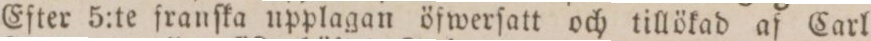
Efter 5:te franſka upplagan öfwerſatt och tillökad af Carl